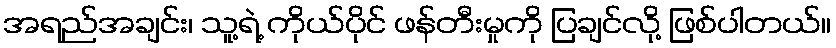
အရည်အချင်း၊ သူ့ရဲ့ ကိုယ်ပိုင် ဖန်တီးမှုကို ပြချင်လို့ ဖြစ်ပါတယ်။